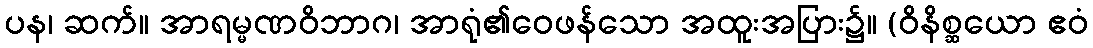
ပန၊ ဆက်။ အာရမ္မဏဝိဘာဂ၊ အာရုံ၏ဝေဖန်သော အထူးအပြား၌။ (ဝိနိစ္ဆယော ဧဝံ